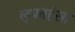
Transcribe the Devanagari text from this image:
लुफ्तहंसा